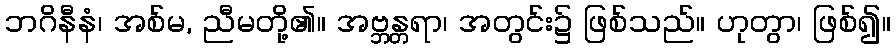
ဘဂိနီနံ၊ အစ်မ, ညီမတို့၏။ အဗ္ဘန္တရာ၊ အတွင်း၌ ဖြစ်သည်။ ဟုတွာ၊ ဖြစ်၍။